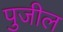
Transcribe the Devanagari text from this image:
पुजील